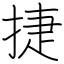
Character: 捷